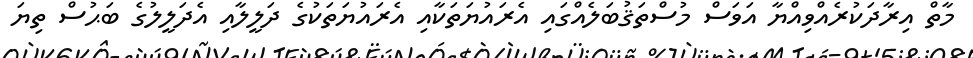
މާތް އިރާދަކުރެއްވިއްޔާ އަވަސް މުސްތަޤުބަލެއްގައި އެރައުޔަތަކާއި އެރައުޔަތަކުގެ ދަލީލާއި އެދަލީލުގެ ބަޙުސް ތިޔަ